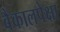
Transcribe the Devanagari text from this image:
बैकालपेक्षा